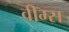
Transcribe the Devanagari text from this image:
वीम्स